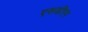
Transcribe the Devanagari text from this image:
एसडीएम